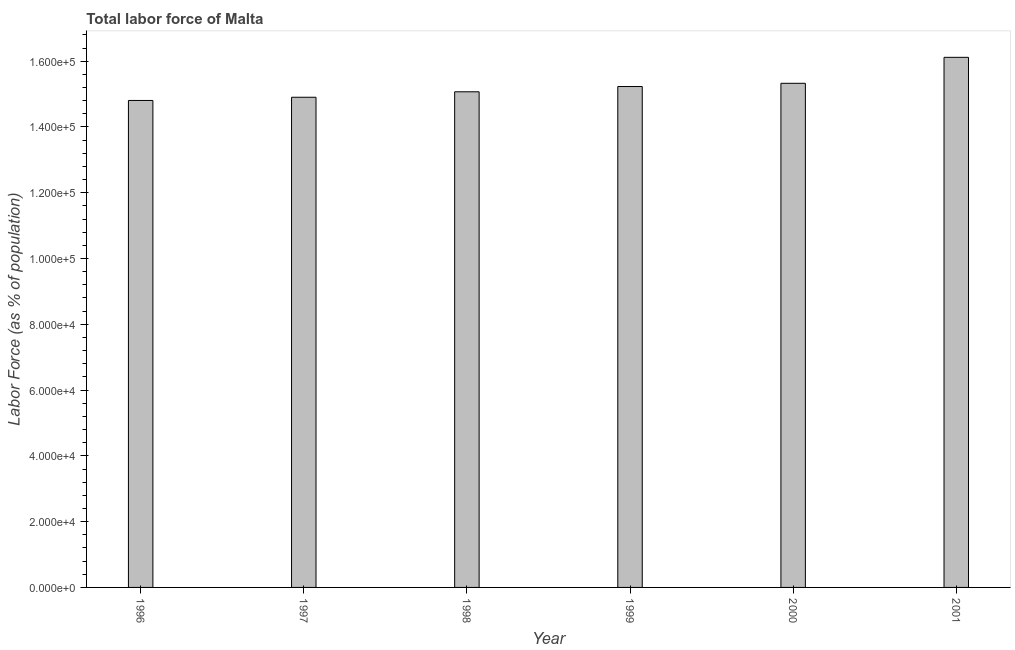
| Year | Labor force |
 | --- | --- |
 | 1996 | 1.48e+05 |
 | 1997 | 1.49e+05 |
 | 1998 | 1.51e+05 |
 | 1999 | 1.52e+05 |
 | 2000 | 1.53e+05 |
 | 2001 | 1.61e+05 |